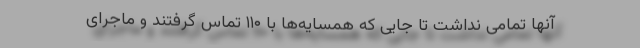
آنها تمامی نداشت تا جایی که همسایه‌ها با ۱۱۰ تماس گرفتند و ماجرای